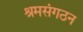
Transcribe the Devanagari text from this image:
श्रमसंगठन